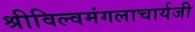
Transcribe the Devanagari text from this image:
श्रीविल्वमंगलाचार्यजी